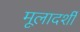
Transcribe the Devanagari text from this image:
मूलादर्शी